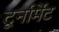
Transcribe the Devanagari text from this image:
टूर्नार्मेंट